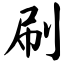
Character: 刷